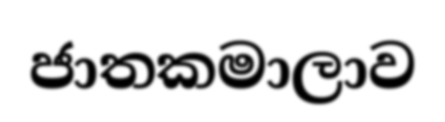
ජාතකමාලාව